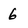
Character: 6